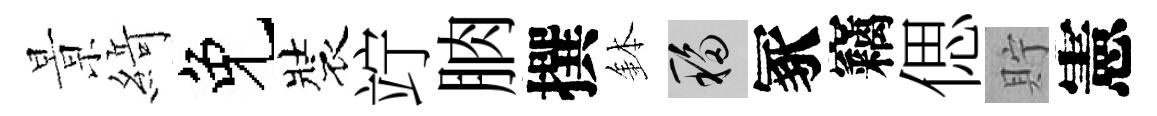
㬌𦂶免裝竚朒撰鉢移冢竊偲貯憲